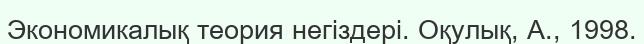
Экономикалық теория негіздері. Оқулық, А., 1998.